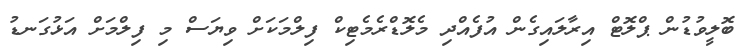
ބޮލީވުޑުން ޕްލޮޓް އިރާލައިގެން އުފެއްދި މެލޮޑްރެމެޓިކް ފިލްމަކަށް ވިޔަސް މި ފިލްމަށް އަޅުގަނޑު